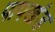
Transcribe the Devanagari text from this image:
पापखंड